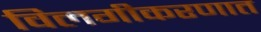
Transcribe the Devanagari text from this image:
विलगीकरणात